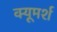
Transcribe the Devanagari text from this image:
क्यूमर्श